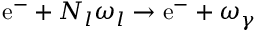
\mathrm { e ^ { - } } + N _ { l } \omega _ { l } \rightarrow \mathrm { e ^ { - } } + \omega _ { \gamma }